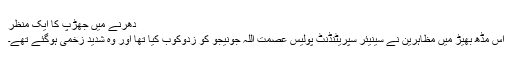
دھرنے میں جھڑپ کا ایک منظر
اس مڈھ بھیڑ میں مظاہرین نے سینیئر سپریٹنڈنٹ پولیس عصمت اللہ جونیجو کو زدوکوب کیا تھا اور وہ شدید زخمی ہوگئے تھے۔